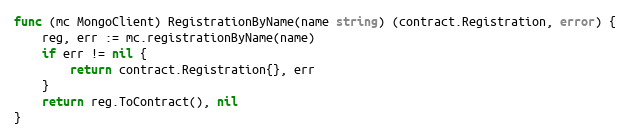
Language: Go
func (mc MongoClient) RegistrationByName(name string) (contract.Registration, error) {
	reg, err := mc.registrationByName(name)
	if err != nil {
		return contract.Registration{}, err
	}
	return reg.ToContract(), nil
}